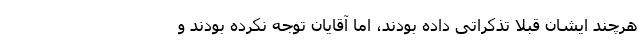
هرچند ایشان قبلا تذکراتی داده بودند، اما آقایان توجه نکرده بودند و